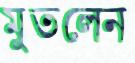
মুতলেন